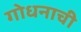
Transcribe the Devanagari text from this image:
गोधनाची